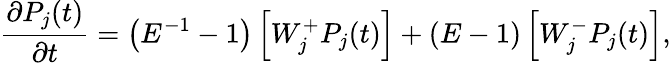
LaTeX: \frac{\partial P_{j}(t)}{\partial t}=\left(E^{-1}-1\right)\left[W_{j}^{+}P_{j}(t)\right]+\left(E-1\right)\left[W_{j}^{-}P_{j}(t)\right],